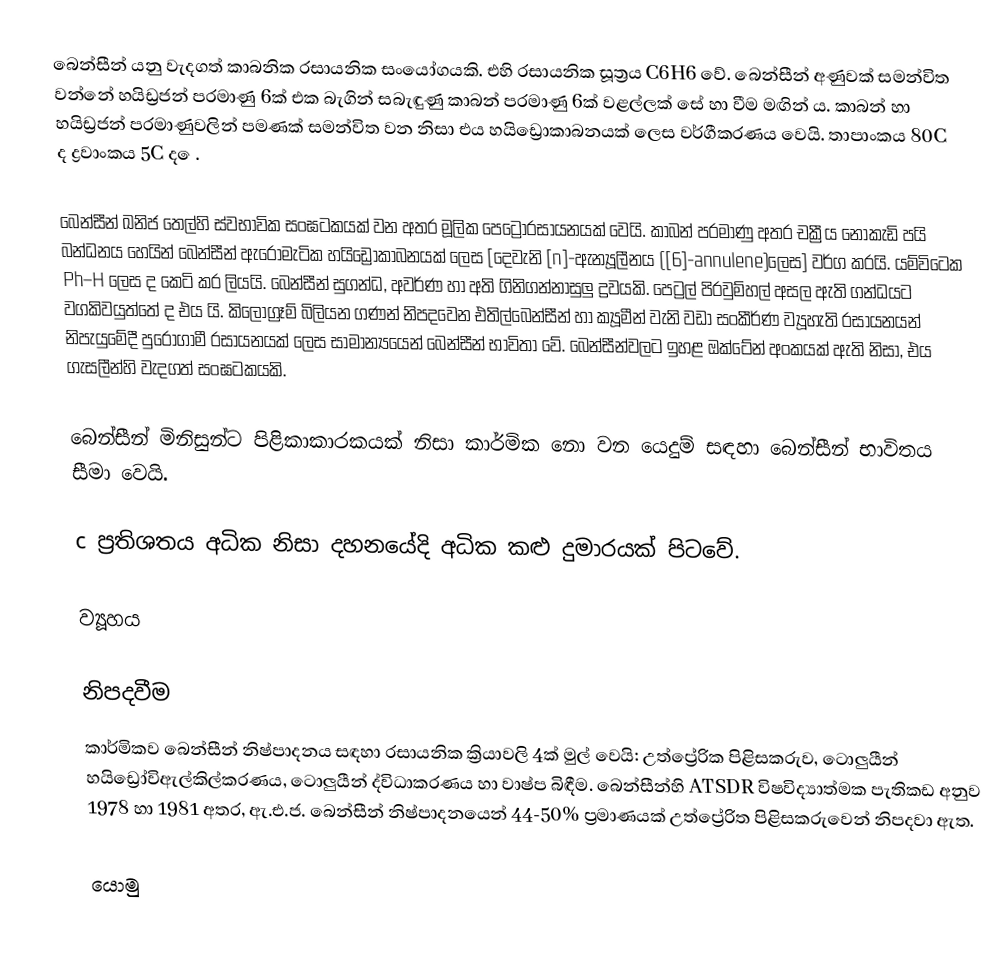
බෙන්සීන් යනු වැදගත් කාබනික රසායනික සංයෝගයකි. එහි රසායනික සූත්‍රය C6H6 වේ. බෙන්සීන් අණුවක් සමන්විත වන්නේ හයිඩ්‍රජන් පරමාණු 6ක් එක බැගින් සබැඳුණු කාබන් පරමාණු 6ක් වළල්ලක් සේ හා වීම මඟින් ය. කාබන් හා හයිඩ්‍රජන් පරමාණුවලින් පමණක් සමන්විත වන නිසා එය හයිඩ්‍රොකාබනයක් ලෙස වර්ගීකරණය වෙයි. තාපාංක‌ය 80C ද ද්‍රවාංකය 5C ද ‌ෙ.

බෙන්සීන් ඛනිජ තෙල්හි ස්වභාවික සංඝටකයක් වන අතර මූලික පෙට්‍රෝරසායනයක් වෙයි. කාබන් පරමාණු අතර චක්‍රීය නොකැඩි පයි බන්ධනය හෙයින් බෙන්සීන් ඇරෝමැටික හයිඩ්‍රොකාබනයක් ලෙස [දෙවැනි [n]-ඇන්‍යූලීනය ([6]-annulene)ලෙස] වර්ග කරයි. යම්විටෙක Ph–H ලෙස ද කෙටි කර ලියයි. බෙන්සීන් සුගන්ධ, අවර්ණ හා  අති ගිනිගන්නාසුලු ද්‍රවයකි. පෙට්‍රල් පිරවුම්හල් අසල ඇති ගන්ධයට වගකිවයුත්තේ ද එය යි. කිලෝග්‍රෑම් බිලියන ගණන් නිපදවෙන එතිල්බෙන්සීන් හා ක්‍යූමීන් වැනි වඩා සංකීර්ණ ව්‍යූහැති රසායනයන් නිපැයුමේදී පුරෝගාමී රසායනයක් ලෙස සාමාන්‍යයෙන් බෙන්සීන් භාවිතා වේ. බෙන්සීන්වලට ඉහළ ඔක්ටේන් අංකයක් ඇති නිසා, එය ගැසලීන්හි වැදගත් සංඝටකයකි.

බෙන්සීන් මිනිසුන්ට පිළිකාකාරකයක් නිසා කාර්මික නො වන යෙදුම් සඳහා බෙන්සීන් භාවිතය සීමා වෙයි.

c ප්‍රතිශතය අධික නිසා දහනයේදි අධික කළු  දුමාරයක් පිටවේ.

ව්‍යූහය

නිපදවීම
කාර්මිකව බෙන්සීන් නිෂ්පාදනය සඳහා රසායනික ක්‍රියාවලි 4ක් මුල් වෙයි: උත්ප්‍රේරික පිළිසකරුව, ටොලුයීන් හයිඩ්‍රෝවිඇල්කිල්කරණය, ටොලුයීන් ද්විධාකරණය හා වාෂ්ප බිඳීම. බෙන්සීන්හි ATSDR විෂවිද්‍යාත්මක පැතිකඩ අනුව 1978 හා 1981 අතර, ඇ.එ.ජ. බෙන්සීන් නිෂ්පාදනයෙන් 44-50% ප්‍රමාණයක් උත්ප්‍රේරිත පිළිසකරුවෙන් නිපදවා ඇත.

යොමු